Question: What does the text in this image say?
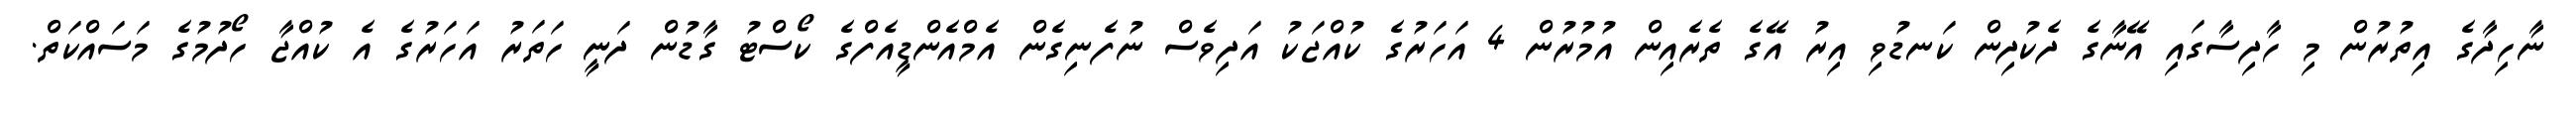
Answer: ނާހިދާގެ އިތުރުން މި ހާދިސާގައި އޭނާގެ ދެކުދިން ކަނޑުވި އިރު އޭގެ ތެރެއިން އުމުރުން 4 އަހަރުގެ ކުއްޖަކު އަދިވެސް ނުފެނިގެން އެމްއެންޑީއެފްގެ ކޯސްޓު ގާޑުން ދަނީ ހަތަރު އަހަރުގެ އެ ކުއްޖާ ހޯދުމުގެ މަސައްކަތް.